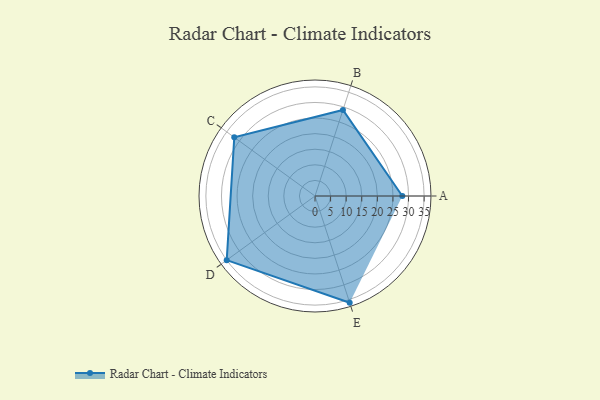
{"axis": {"x": "Skill", "y": "Score"}, "legend": ["Profile"], "data": [{"x": "A", "y": 28.0, "type": "Profile"}, {"x": "B", "y": 29.0, "type": "Profile"}, {"x": "C", "y": 32.0, "type": "Profile"}, {"x": "D", "y": 35.0, "type": "Profile"}, {"x": "E", "y": 36.0, "type": "Profile"}]}